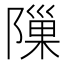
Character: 隟